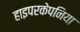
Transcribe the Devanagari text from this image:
हाइपरकेपनिया